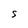
Character: S